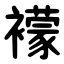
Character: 䙩